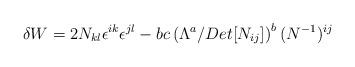
LaTeX: \begin{align*}{\delta W}= 2 N_{kl} \epsilon^{ik}\epsilon^{jl} - bc\left(\Lambda^a/Det[N_{ij}]\right)^b (N ^{-1})^{ij}\end{align*}